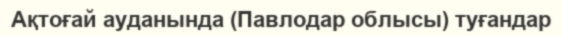
Ақтоғай ауданында (Павлодар облысы) туғандар